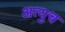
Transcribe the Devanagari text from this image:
अत्युच